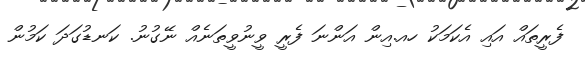
ފެރީތައް އައި އެކަމަކު ހއ.އިން އަންނަ ފެރީ ވީނުވީތަނެއް ނޭގުނު. ކަނޑުގަދަ ކަމުން